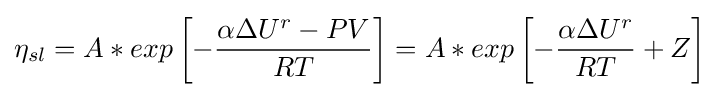
\eta _{sl}=A*exp\left[-{\frac {\alpha \Delta U^{r}-PV}{RT}}\right]=A*exp\left[-{\frac {\alpha \Delta U^{r}}{RT}}+Z\right]